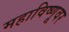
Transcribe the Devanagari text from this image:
महाविष्णूवर